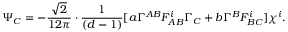
\Psi _ { C } = - \frac { \sqrt { 2 } } { 1 2 \pi } \cdot \frac { 1 } { ( d - 1 ) } [ a \Gamma ^ { A B } F _ { A B } ^ { i } \Gamma _ { C } + b \Gamma ^ { B } F _ { B C } ^ { i } ] \chi ^ { i } .